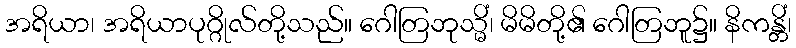
အရိယာ၊ အရိယာပုဂ္ဂိုလ်တို့သည်။ ဂေါတြဘုသ္မိံ၊ မိမိတို့၏ ဂေါတြဘူ၌။ နိကန္တိံ၊